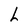
Character: h